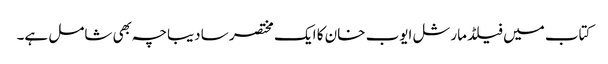
کتاب میں فیلڈ مارشل ایوب خان کا ایک مختصر سا دیباچہ بھی شامل ہے۔